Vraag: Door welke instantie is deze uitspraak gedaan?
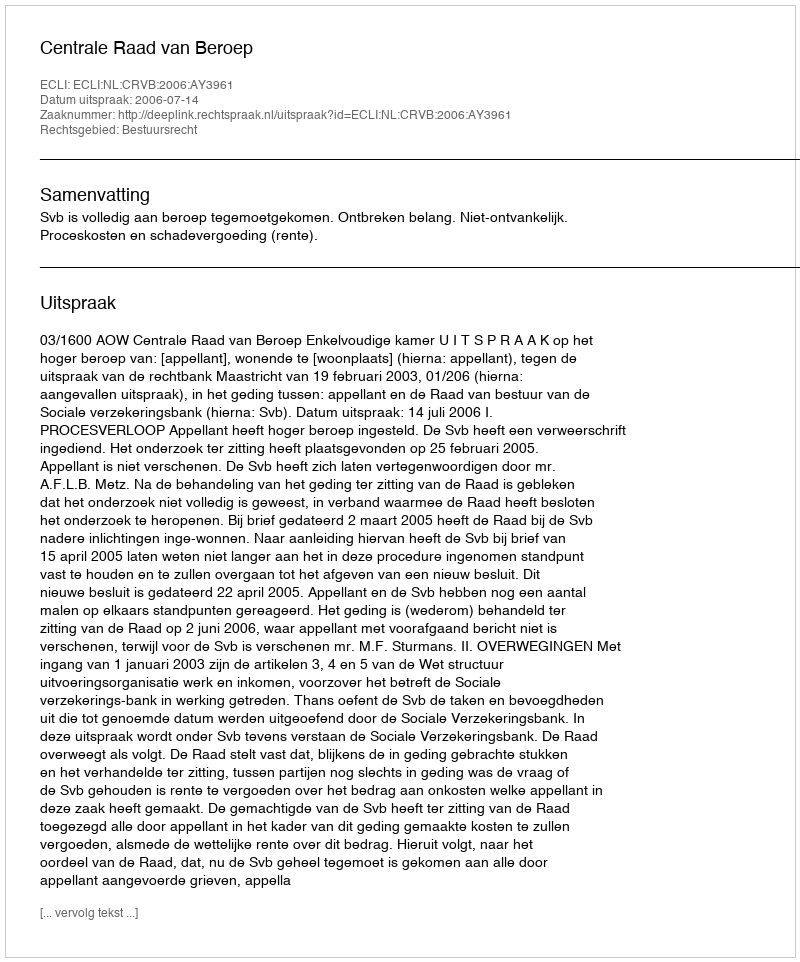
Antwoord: Centrale Raad van Beroep